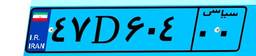
۴۷D۶۰۴۰۰